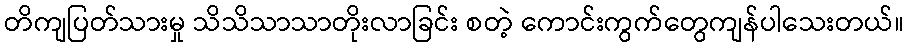
တိကျပြတ်သားမှု သိသိသာသာတိုးလာခြင်း စတဲ့ ကောင်းကွက်တွေကျန်ပါသေးတယ်။